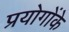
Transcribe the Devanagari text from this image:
प्रयोगोंके